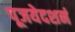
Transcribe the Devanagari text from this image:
पूजयेदशनं